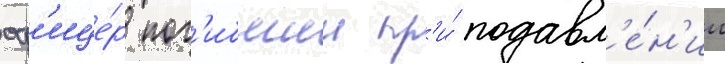
оф'ице́р пог'ибшии пр'и́ подавл'е́н'ии